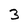
Character: 3